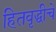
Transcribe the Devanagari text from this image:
हितवृद्धीचे